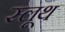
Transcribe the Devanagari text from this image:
स्लूथ